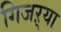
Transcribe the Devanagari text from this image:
गिजऱ्या